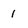
Character: 1